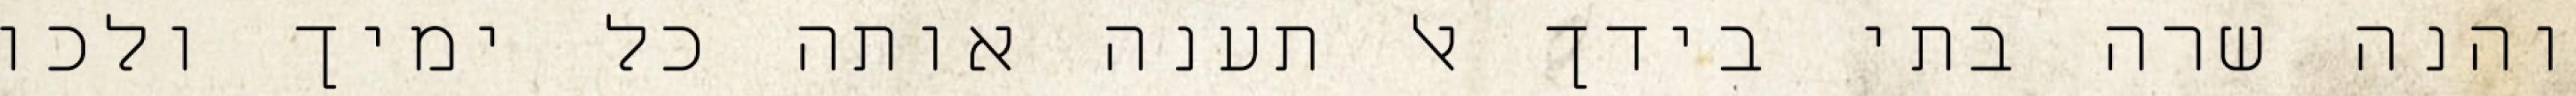
והנה שרה בתי בידך אל תענה אותה כל ימיך ולכו